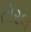
તોરલ